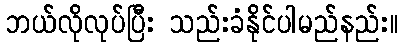
ဘယ်လိုလုပ်ပြီး သည်းခံနိုင်ပါမည်နည်း။